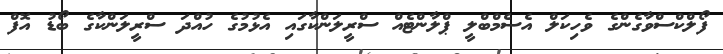
ފޯލްކްސްވާގެންގެ ވެހިކަލް އެސެމްބްލީ ޕްލާންޓެއް ސްރީލަންކާގައި އެޅުމުގެ ހުއްދަ ސްރީލަންކާގެ ބޯޑު އޮފް